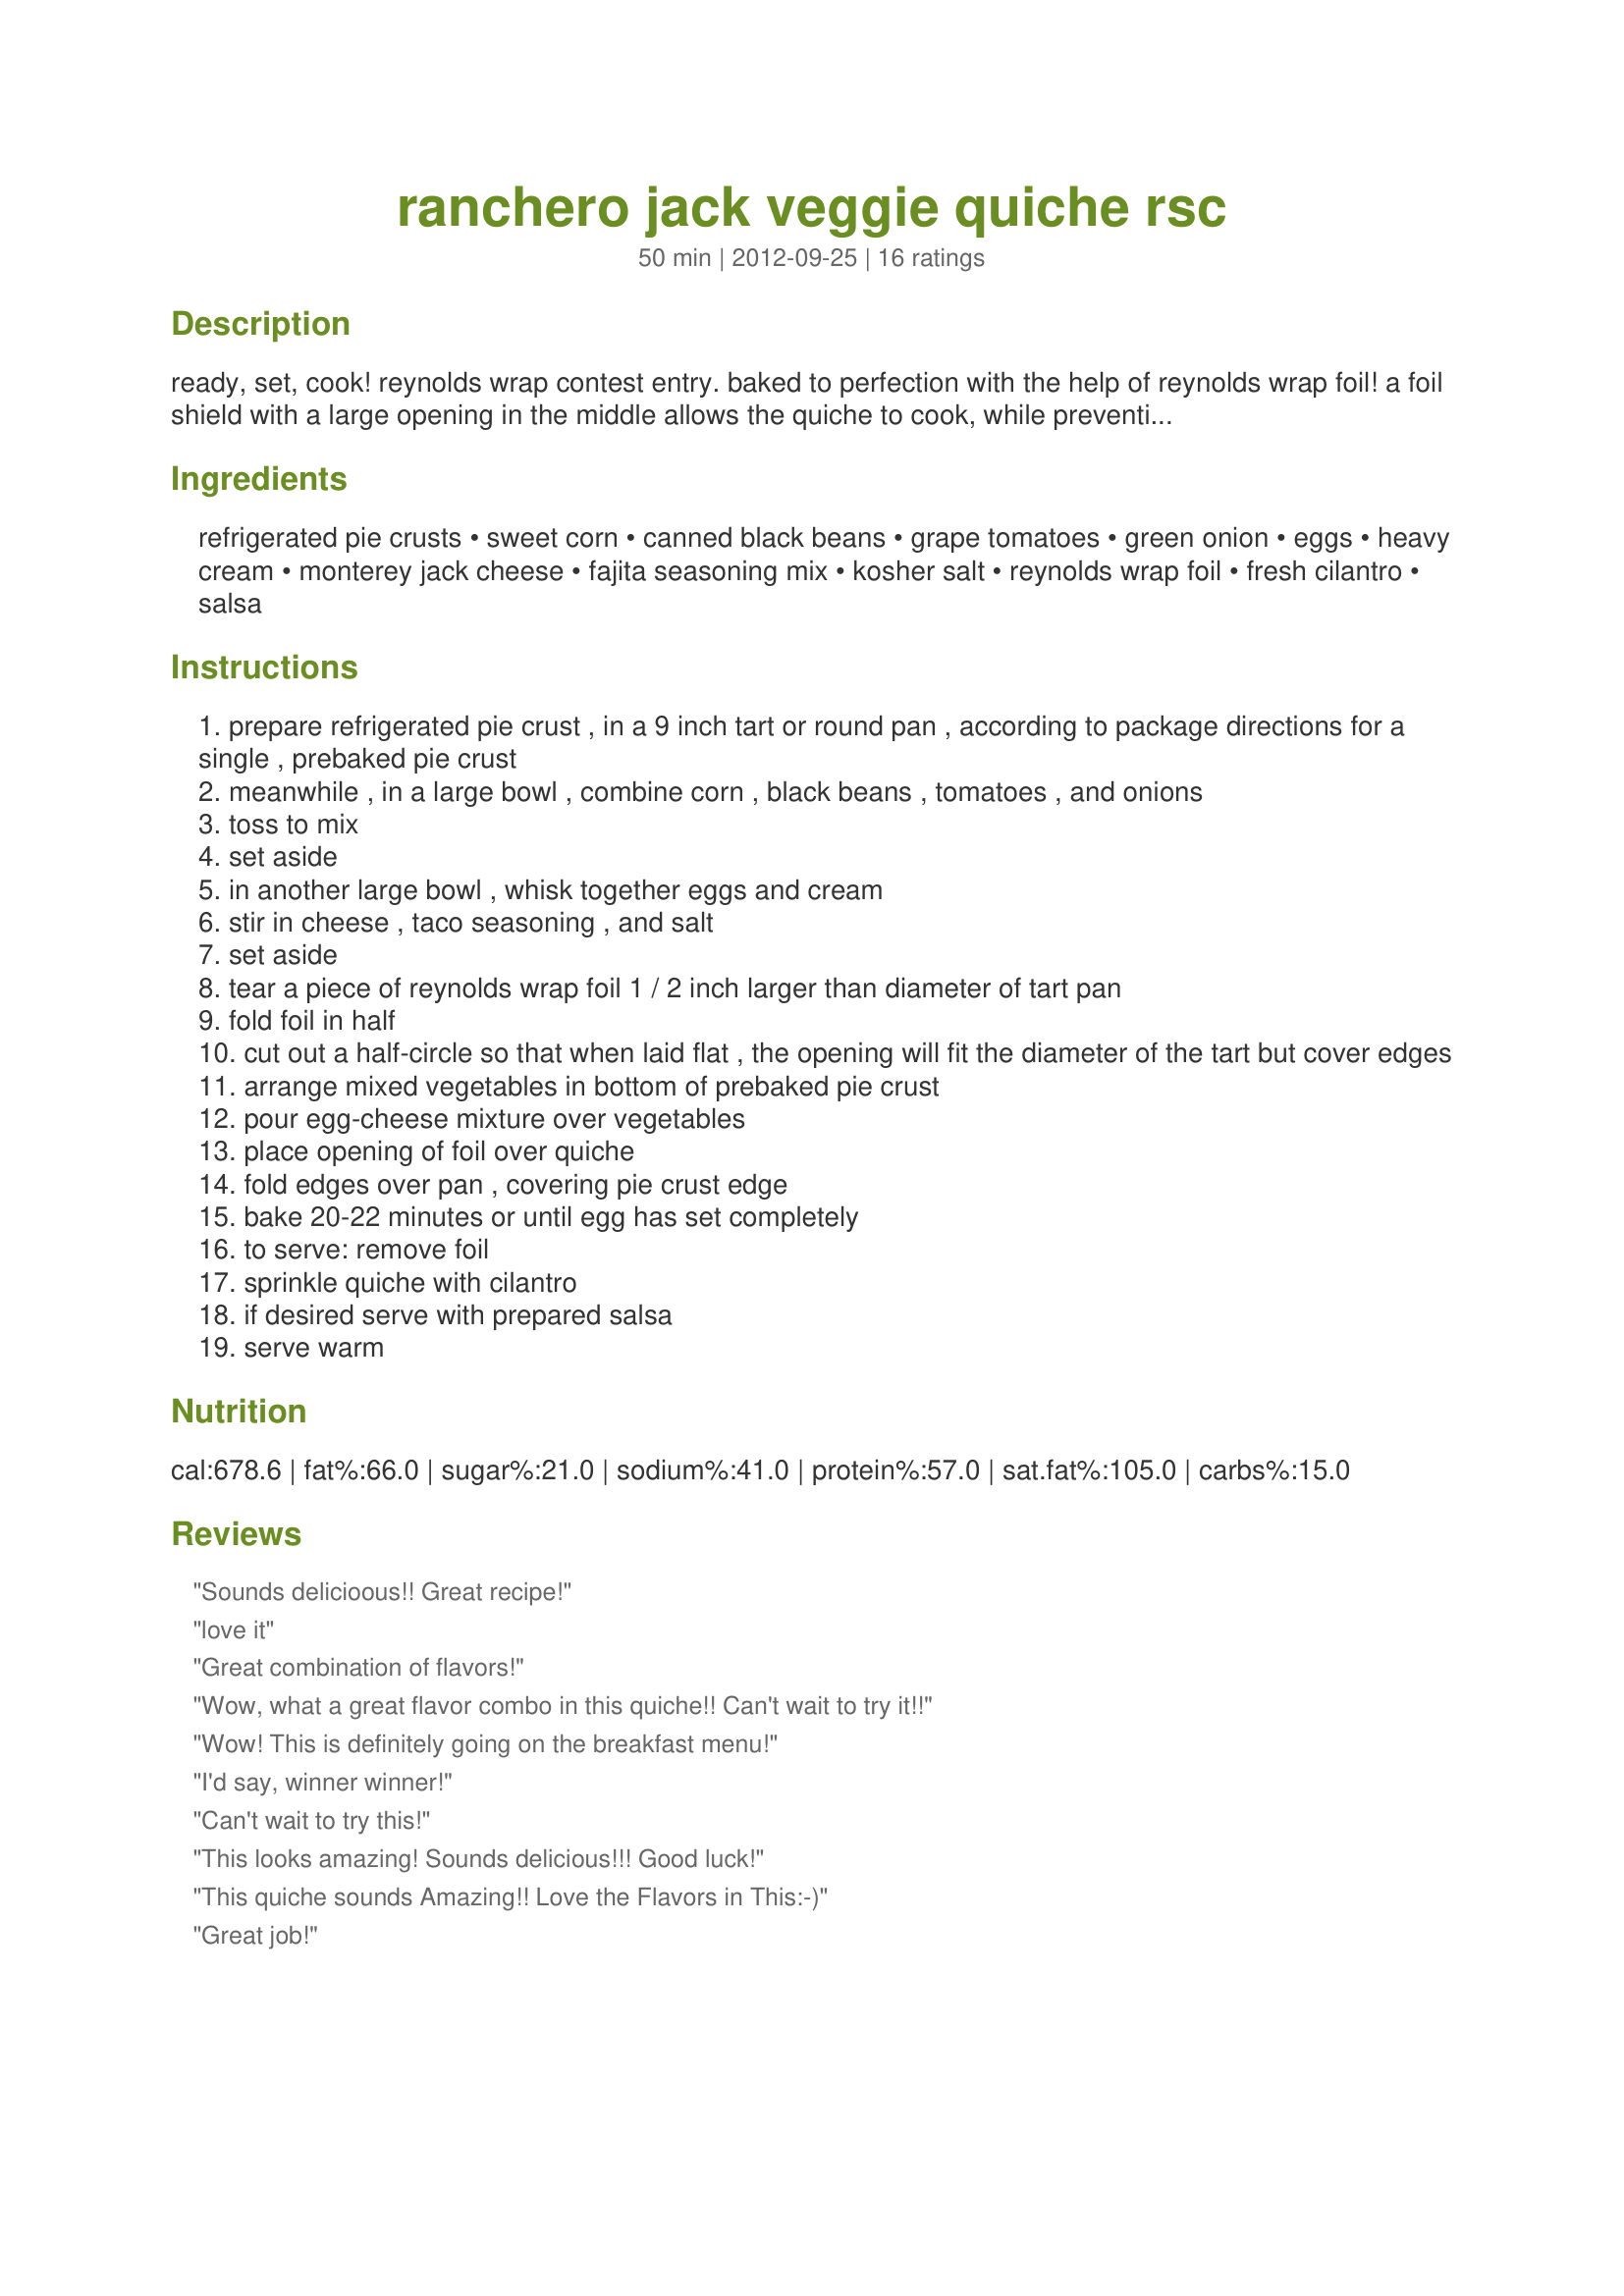
ranchero jack veggie quiche rsc
Preparation time: 50 minutes

ready, set, cook! reynolds wrap contest entry. baked to perfection with the help of reynolds wrap foil! a foil shield with a large opening in the middle allows the quiche to cook, while preventing the edges of the pastry crust from over browning. the mexican-inspired flavors from the monterrey jack cheese, black beans, tomatoes, and corn, are always a hit with my family!

Ingredients:
refrigerated pie crusts, sweet corn, canned black beans, grape tomatoes, green onion, eggs, heavy cream, monterey jack cheese, fajita seasoning mix, kosher salt, reynolds wrap foil, fresh cilantro, salsa

Steps:
prepare refrigerated pie crust , in a 9 inch tart or round pan , according to package directions for a single , prebaked pie crust
meanwhile , in a large bowl , combine corn , black beans , tomatoes , and onions
toss to mix
set aside
in another large bowl , whisk together eggs and cream
stir in cheese , taco seasoning , and salt
set aside
tear a piece of reynolds wrap foil 1 / 2 inch larger than diameter of tart pan
fold foil in half
cut out a half-circle so that when laid flat , the opening will fit the diameter of the tart but cover edges
arrange mixed vegetables in bottom of prebaked pie crust
pour egg-cheese mixture over vegetables
place opening of foil over quiche
fold edges over pan , covering pie crust edge
bake 20-22 minutes or until egg has set completely
to serve: remove foil
sprinkle quiche with cilantro
if desired serve with prepared salsa
serve warm

Reviews:
Sounds delicioous!! Great recipe!
love it
Great combination of flavors!
Wow, what a great flavor combo in this quiche!! Can't wait to try it!!
Wow! This is definitely going on the breakfast menu!
I'd say, winner winner!
Can't wait to try this!
This looks amazing! Sounds delicious!!! Good luck!
This quiche sounds Amazing!! Love the Flavors in This:-)
Great job!
I love the Mexican flavors in this quiche!
I love a good veggie Quiche!
Fantastic, can't wait to try it!
My family loves quiche and this looks delish ! Great job !
yummy
What a great recipe!!! Sounds delicious!!!
